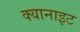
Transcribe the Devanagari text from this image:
क्यानाइट